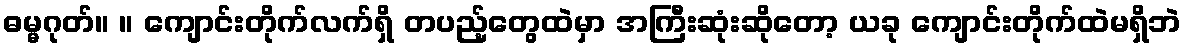
ဓမ္မဂုတ်။ ။ ကျောင်းတိုက်လက်ရှိ တပည့်တွေထဲမှာ အကြီးဆုံးဆိုတော့ ယခု ကျောင်းတိုက်ထဲမရှိဘဲ